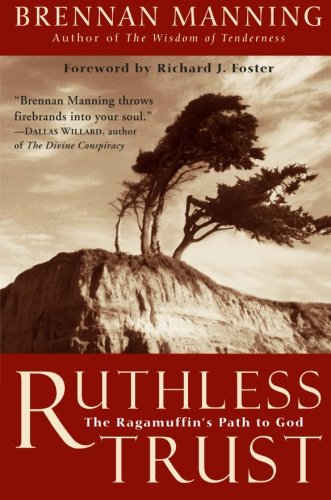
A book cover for Ruthless Trust: The Ragamuffin's Path to God; Brennan Manning; Christian Books & Bibles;